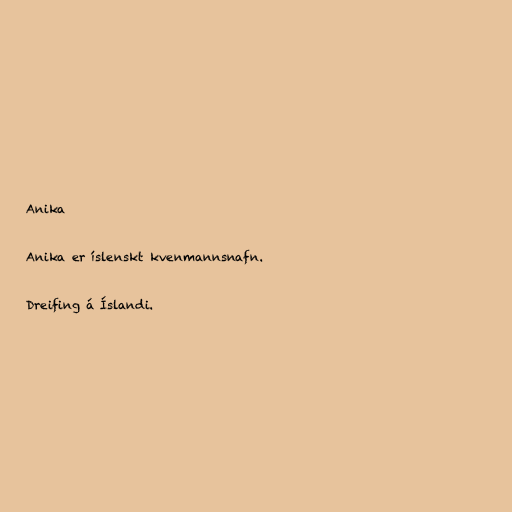
Anika

Anika er íslenskt kvenmannsnafn.

Dreifing á Íslandi.